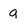
Character: g